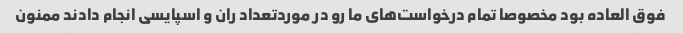
فوق العاده بود مخصوصا تمام درخواست‌های ما رو در مورد‌تعداد ران و اسپایسی انجام دادند ممنون